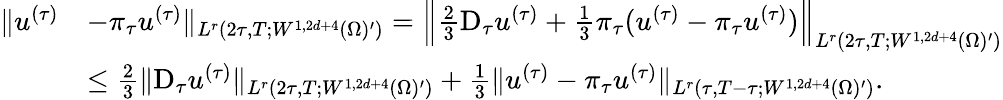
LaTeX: \begin{array}{rl}{\| u^{(\tau)}}&{-\pi_{\tau}u^{(\tau)}\| _{L^{r}(2\tau,T;W^{1,2d+4}(\Omega)^{\prime})}=\Big\| \frac 23\mathrm{D}_{\tau}u^{(\tau)}+\frac 13\pi_{\tau}(u^{(\tau)}-\pi_{\tau}u^{(\tau)})\Big\| _{L^{r}(2\tau,T;W^{1,2d+4}(\Omega)^{\prime})}}\\ &{\le\frac 23\| \mathrm{D}_{\tau}u^{(\tau)}\| _{L^{r}(2\tau,T;W^{1,2d+4}(\Omega)^{\prime})}+\frac 13\| u^{(\tau)}-\pi_{\tau}u^{(\tau)}\| _{L^{r}(\tau,T-\tau;W^{1,2d+4}(\Omega)^{\prime})}.}\end{array}